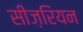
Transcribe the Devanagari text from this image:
सीज़रियन